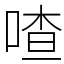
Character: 喳